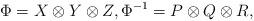
LaTeX: \begin{gather*} \Phi = X \otimes Y \otimes Z, \Phi^{-1} = P \otimes Q \otimes R , \end{gather*}